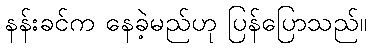
နန်းခင်က နေခဲ့မည်ဟု ပြန်ပြောသည်။